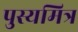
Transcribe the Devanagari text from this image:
पुस्यमित्र